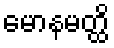
မောနမတ္ထိ